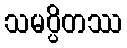
သမပ္ပိတဿ